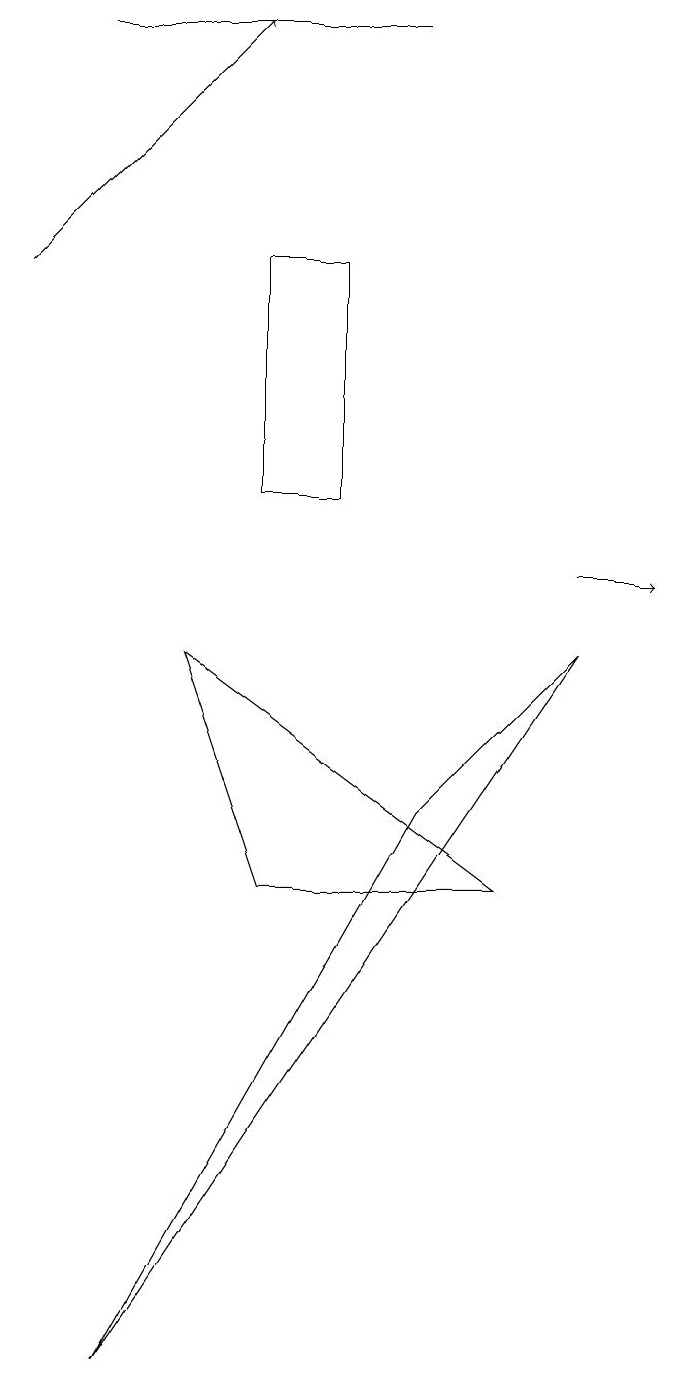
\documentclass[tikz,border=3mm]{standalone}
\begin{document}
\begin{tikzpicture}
\draw (5,7) -- (7,9) -- (1,0) -- cycle;
\draw (6,6) -- (3,6) -- (2,9) -- cycle;
\draw[->] (7,10) -- (8,10);
\draw (5,17) rectangle (1,17);
\draw (4,14) rectangle (3,11);
\draw[->] (0,14) -- (3,17);
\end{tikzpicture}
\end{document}